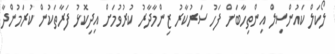
ލޯކަލް ކައުންސިލް އިންތިހާބަށް ފަހު ސަރުކާރު ޒިންމާދާރު ކުރުވުމަށް އިދިކޮޅު ފަރާތަކުން ކުރަމުންދާ